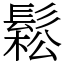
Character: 鬆